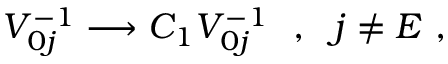
V _ { 0 j } ^ { - 1 } \longrightarrow C _ { 1 } V _ { 0 j } ^ { - 1 } \ \ , \ \ j \neq E \ ,